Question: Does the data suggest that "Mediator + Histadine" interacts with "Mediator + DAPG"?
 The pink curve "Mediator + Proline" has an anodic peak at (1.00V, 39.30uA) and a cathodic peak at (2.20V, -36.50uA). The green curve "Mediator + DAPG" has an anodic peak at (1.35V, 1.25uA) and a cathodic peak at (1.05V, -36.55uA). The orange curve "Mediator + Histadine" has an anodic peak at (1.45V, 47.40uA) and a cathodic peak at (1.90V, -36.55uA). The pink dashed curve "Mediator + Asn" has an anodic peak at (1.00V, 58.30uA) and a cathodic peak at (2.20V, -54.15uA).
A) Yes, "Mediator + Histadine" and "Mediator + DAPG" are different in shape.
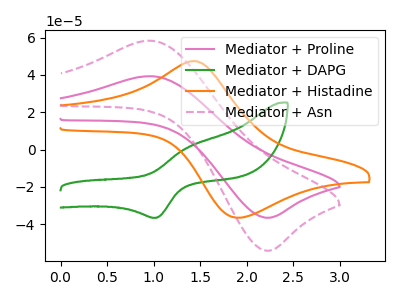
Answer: <think>"Mediator + Histadine" and "Mediator + DAPG" have at least one peak that do not match.
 </think>
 <answer>A) Yes, "Mediator + Histadine" and "Mediator + DAPG" are different in shape.</answer>
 <eval>A</eval>